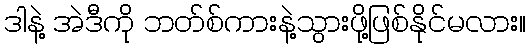
ဒါနဲ့ အဲဒီကို ဘတ်စ်ကားနဲ့သွားဖို့ဖြစ်နိုင်မလား။